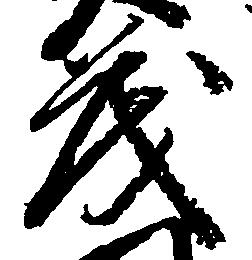
茂